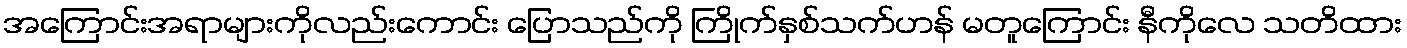
အကြောင်းအရာများကိုလည်းကောင်း ပြောသည်ကို ကြိုက်နှစ်သက်ဟန် မတူကြောင်း နီကိုလေ သတိထား